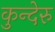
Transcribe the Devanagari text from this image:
कुन्देरु